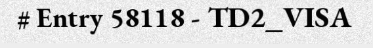
# Entry 58118 - TD2_VISA